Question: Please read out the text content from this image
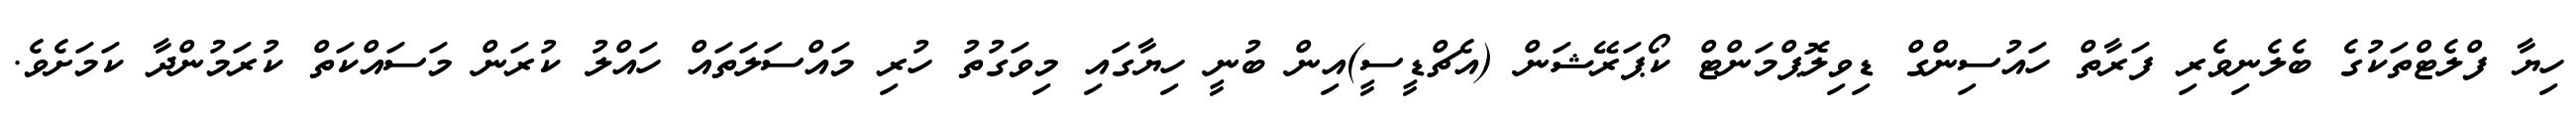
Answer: ހިޔާ ފްލެޓްތަކުގެ ބެލެނިވެރި ފަރާތް ހައުސިންގް ޑިވިލޮޕްމަންޓް ކޯޕަރޭޝަން (އެޗްޑީސީ)އިން ބުނީ ހިޔާގައި މިވަގުތު ހުރި މައްސަލަތައް ހައްލު ކުރަން މަސައްކަތް ކުރަމުންދާ ކަމަށެވެ.